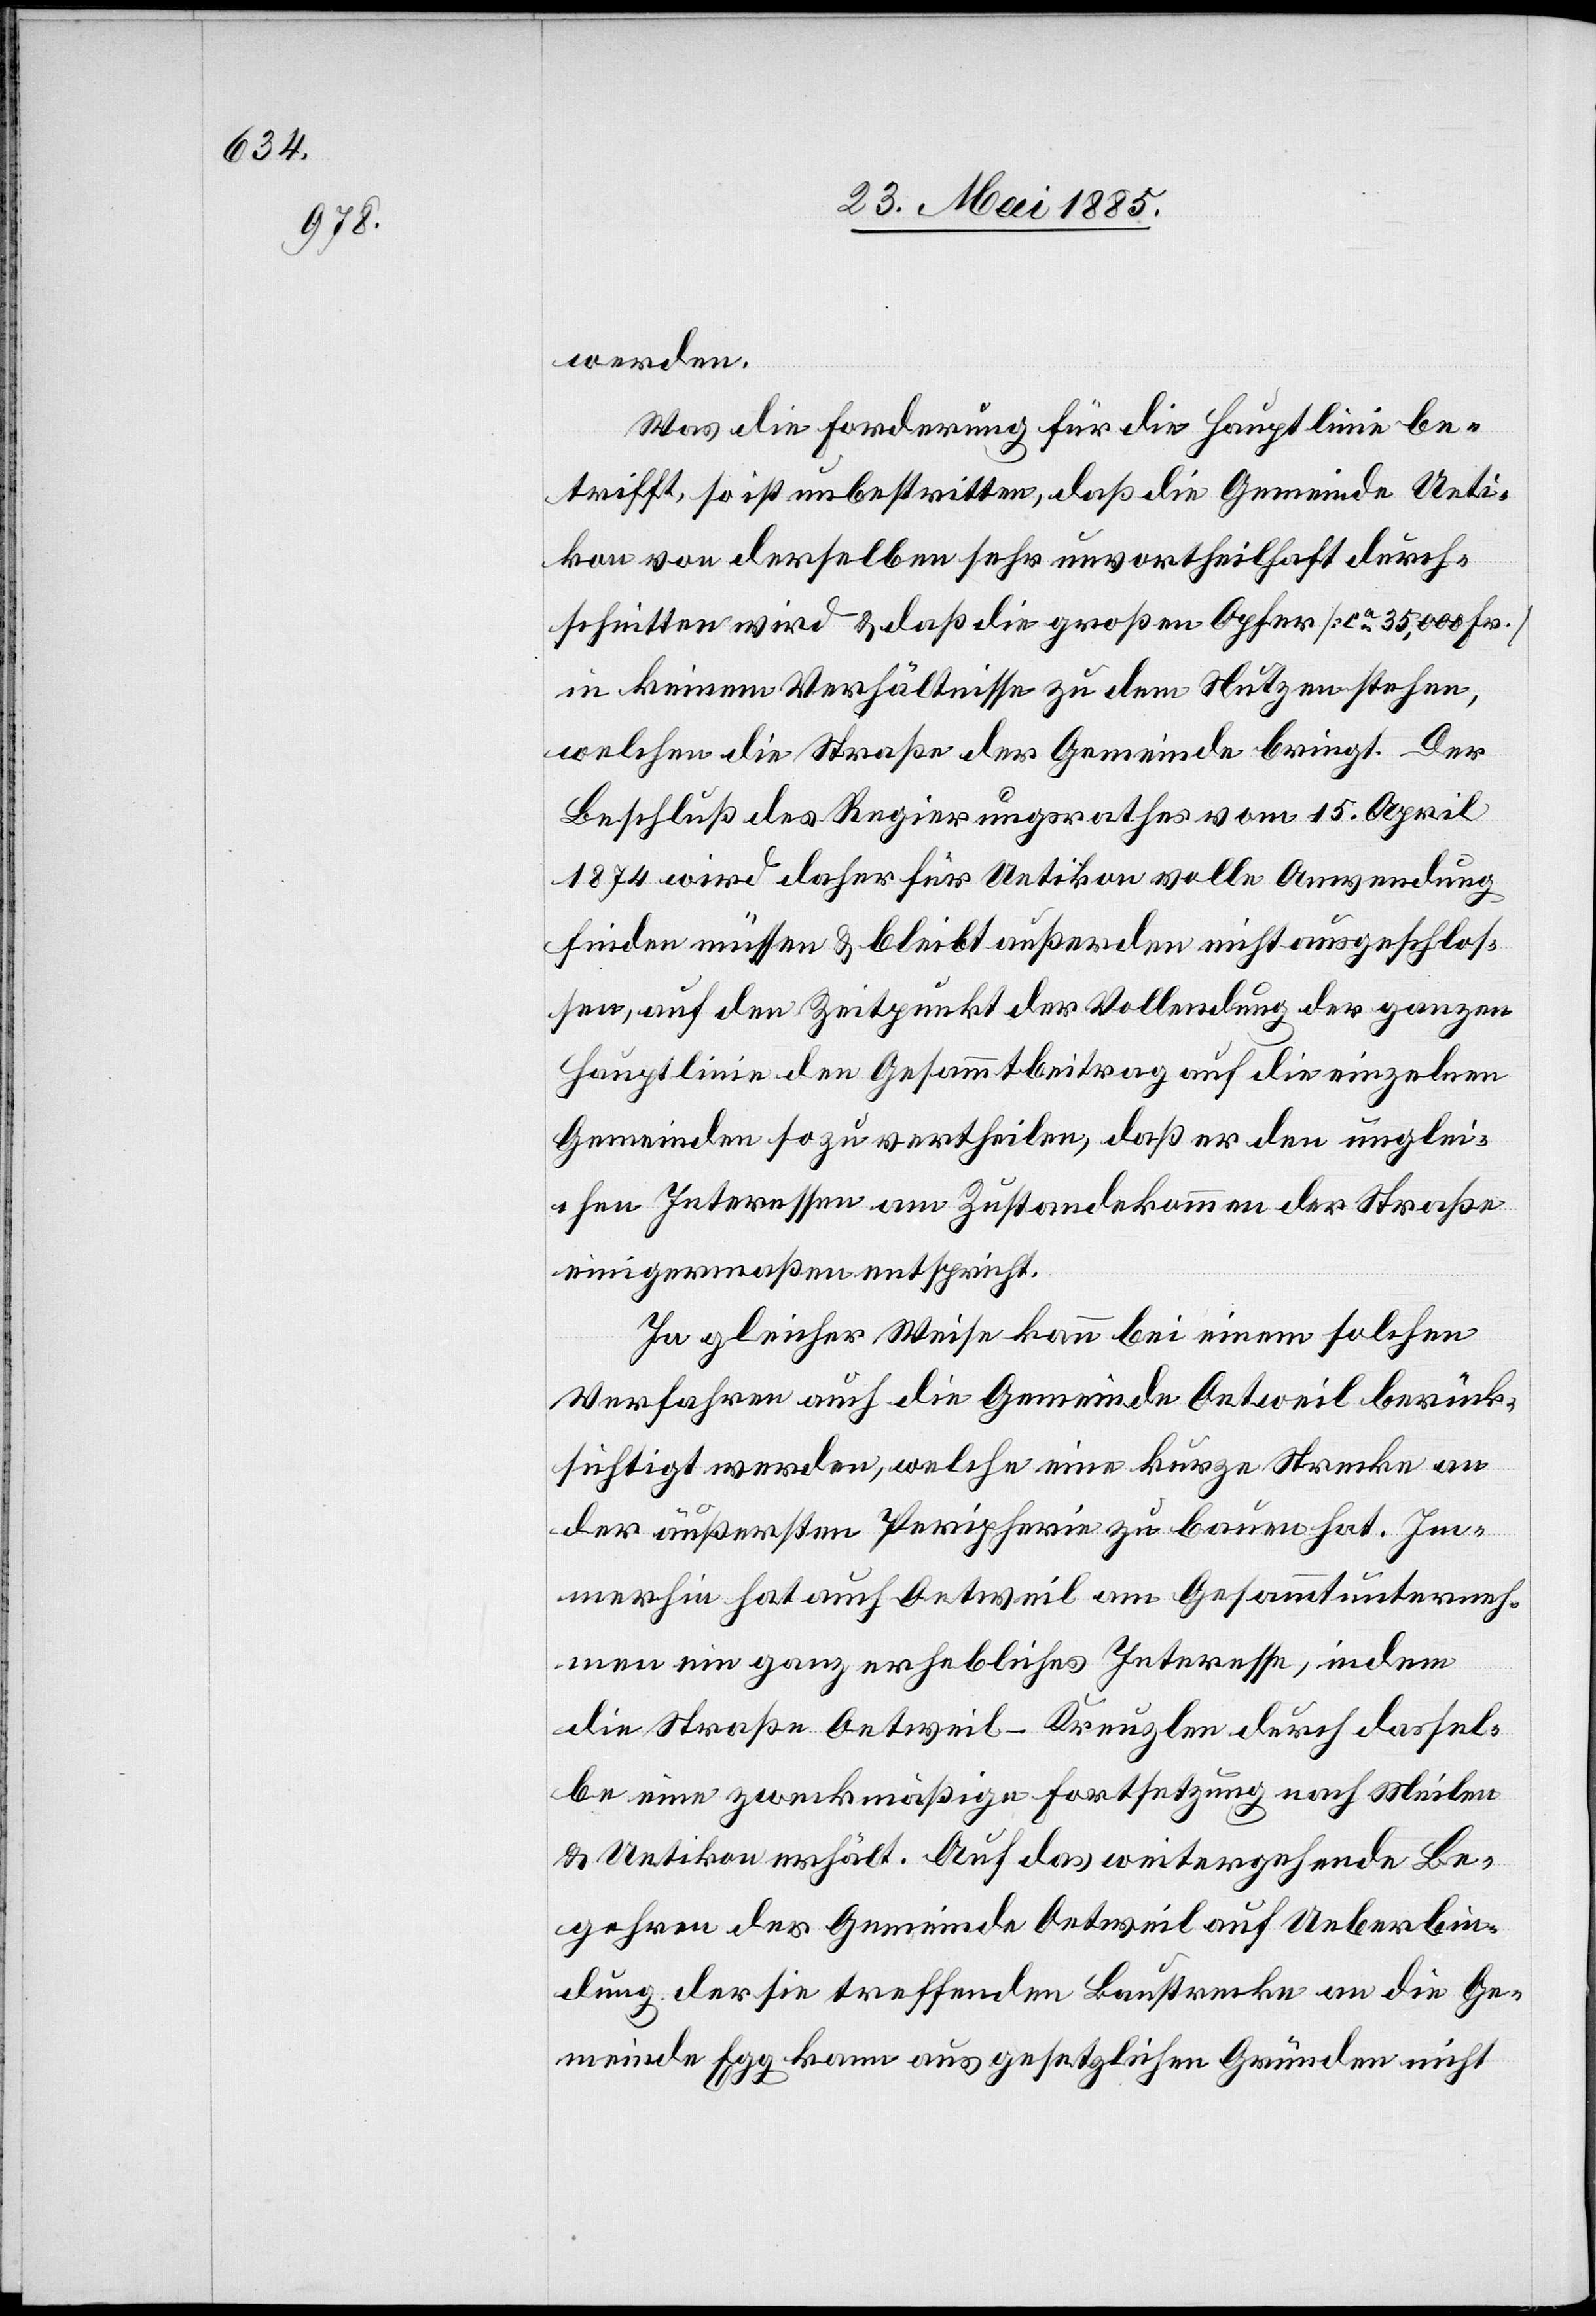
werden.
Was die Forderung für die Hauptlinie be¬
trifft so ist unbestritten, daß die Gemeinde Ueti¬
kon von derselben sehr unvortheilhaft durch¬
schnitten wird & daß die großen Opfer [ca 35,000 Fr.]
in keinem Verhältnisse zu dem Nutzen stehen,
welchen die Straße der Gemeinde bringt. Der
Beschluß des Regierungsrathes vom 15. April
1874 wird daher für Uetikon volle Anwendung
finden müssen & bleibt außerdem nicht ausgeschlos¬
sen, auf den Zeitpunkt der Vollendung der ganzen
Hauptlinie den Gesammtbeitrag auf die einzelnen
Gemeinden so zu vertheilen, daß er den unglei¬
chen Interessen am Zustandekommen der Straße
einigermaßen entspricht.
In gleicher Weise kann bei einem solchen
Verfahren auch die Gemeinde Oetweil berück¬
sichtigt werden, welche eine kurze Strecke an
der äußersten Peripherie zu bauen hat. Im¬
merhin hat auch Oetweil am Gesammtunterneh¬
men ein ganz erhebliches Interesse, indem
die Straße Oetweil–Kreuzlen durch dassel¬
be eine zweckmäßige Fortsetzung nach Meilen
& Uetikon erhöht. Auf das weitergehende Be¬
gehren der Gemeinde Oetweil auf Ueberbin¬
dung der sie treffenden Baustrecke an die Ge¬
meinde Egg kann aus gesetzlichen Gründen nicht